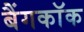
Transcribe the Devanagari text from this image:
बैंगकाॅक